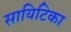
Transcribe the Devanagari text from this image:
सायिटिका